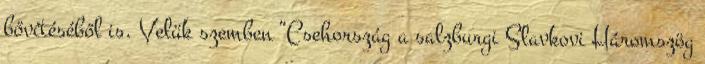
bővítéséből is. Velük szemben “Csehország a salzburgi Slavkovi Háromszög